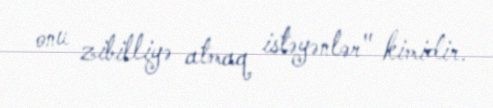
onu zibilliyə atmaq istəyənlər" kimidir.